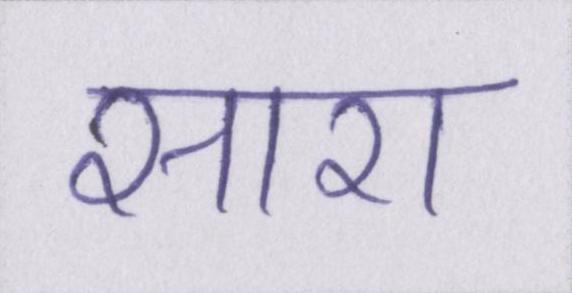
सारा